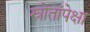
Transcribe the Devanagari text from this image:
स्रोतांपेक्षा